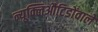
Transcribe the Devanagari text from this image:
न्यूक्लिऔटिडोंवाले